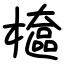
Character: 檶